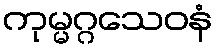
ကုမ္မဂ္ဂသေဝနံ